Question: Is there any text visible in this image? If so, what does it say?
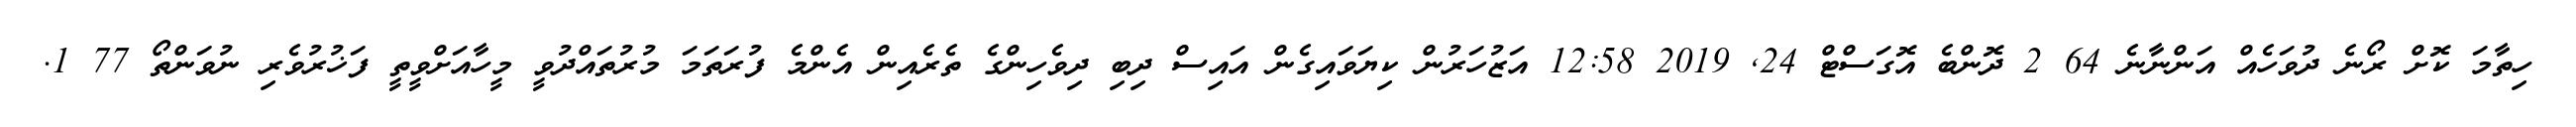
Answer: ހިތާމަ ކޮށް ރޯނެ ދުވަހެއް އަންނާނެ 64 2 ދޮންބެ އޮގަސްޓް 24, 2019 12:58 އަޒުހަރުން ކިޔަވައިގެން އައިސް ދިބި ދިވެހިންގެ ތެރެއިން އެންމެ ފުރަތަމަ މުރުތައްދުވީ މީހާއަށްވީތީ ފަޚުރުވެރި ނުވަންތޯ 77 1.